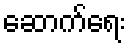
ဆောက်ရေး